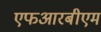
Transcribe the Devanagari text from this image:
एफआरबीएम